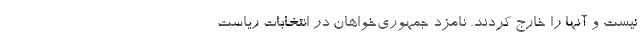
نیست و آنها را خارج کردند. نامزد جمهوری‌خواهان در انتخابات ریاست